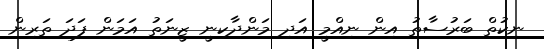
ނިކުތް ބަރުސާތު އިން ނިއްމީ އަދި މަންދާކިނީ ޒީނަތު އަމަން ފަދަ ތަރިން